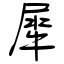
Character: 犀